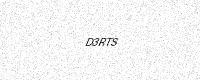
Text: D3RTS